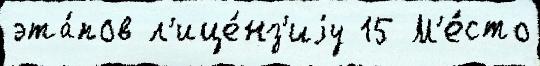
эта́пов л'ице́нз'иjу 15 М'е́сто